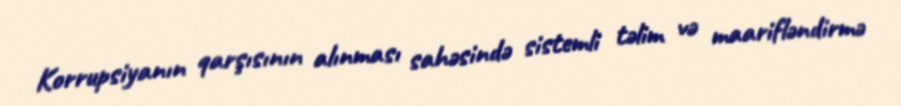
Korrupsiyanın qarşısının alınması sahəsində sistemli təlim və maarifləndirmə